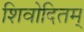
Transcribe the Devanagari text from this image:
शिवोदितम्